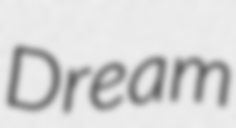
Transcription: Dream